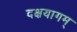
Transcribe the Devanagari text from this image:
दक्षयागम्